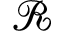
\mathcal { R }